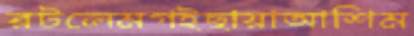
রটলেমগইছায়াআশিম